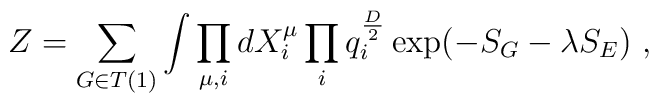
Z = \sum_{G \in T(1)}  \int\prod_{\mu,i}dX^{\mu}_{i}\prod_{i}q_i^{\frac{D}{2}}  \exp( -S_{G} - \lambda S_E)\ ,